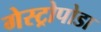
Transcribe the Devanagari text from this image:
गेस्ट्रोपोडा